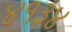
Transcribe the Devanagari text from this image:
४१३४